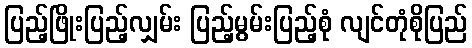
ပြည့်ဖြိုးပြည့်လျှမ်း ပြည့်မွမ်းပြည့်စုံ လျင်တုံစိုပြည်